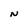
Character: N